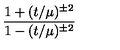
{ \frac { 1 + ( t / \mu ) ^ { \pm 2 } } { 1 - ( t / \mu ) ^ { \pm 2 } } }